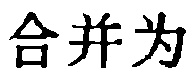
合并为